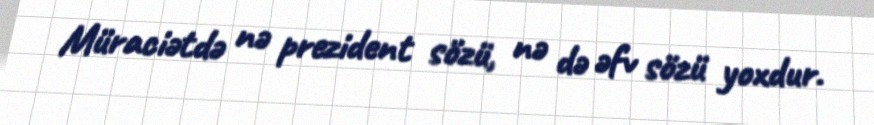
Müraciətdə nə prezident sözü, nə də əfv sözü yoxdur.